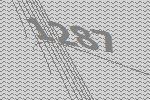
1287